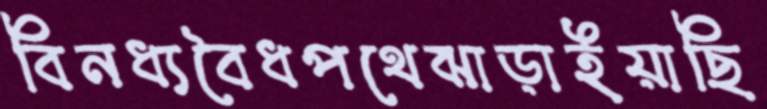
বিনধ্যবৈধপথেঝাড়াইয়াছি